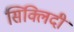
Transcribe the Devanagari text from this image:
सिक्लिदी